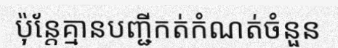
ប៉ុន្តែគ្មានបញ្ជីកត់កំណត់ចំនួន